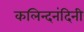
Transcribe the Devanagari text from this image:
कलिन्दनंदिनी